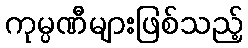
ကုမ္ပဏီများဖြစ်သည့်